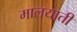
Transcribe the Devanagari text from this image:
मालयाती